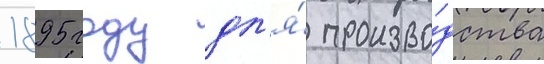
1895 году дл'я́ произво́дства